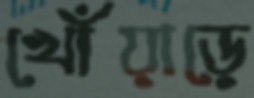
খোঁয়াড়ে